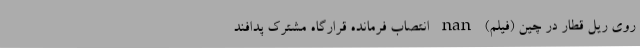
روی ریل قطار در چین (فیلم) nan انتصاب فرمانده قرارگاه مشترک پدافند